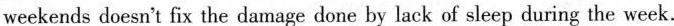
weekends doesn't fix the damage done by lack of sleep during the week.